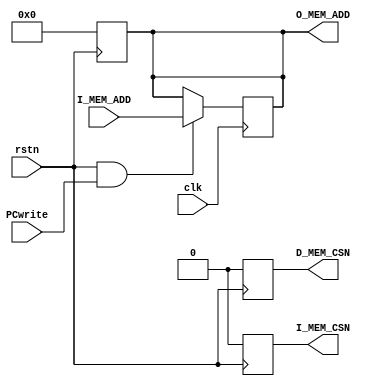
module PC (
    input wire clk,
    input  wire rstn,
    input wire PCwrite,
    input  wire [11:0] I_MEM_ADD,
    output reg [11:0] O_MEM_ADD,
    output reg I_MEM_CSN,
    output reg D_MEM_CSN
);

always @(posedge rstn) begin
    O_MEM_ADD=12'b0;
    I_MEM_CSN = 0;
    D_MEM_CSN =0;
end

always @(negedge  clk) begin
    if (rstn&&PCwrite)
        O_MEM_ADD[11:0]=I_MEM_ADD[11:0];
end

endmodule //PC